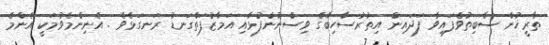
ތާރީޚުން ސާބިތުވެފައިވާ ފަދައިން އިތުރުސާހިބާގެ ވިސްނުންފުޅާއި އަމާޒުފަތްގަނޑު ރަނގަޅެވެ . އެނިންމެވުމަކީ އެންމެ